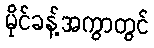
မိုင်ခန့်အကွာတွင်